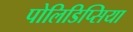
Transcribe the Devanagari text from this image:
पोलिडिप्सिया